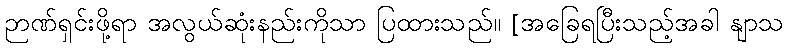
ဉာဏ်ရှင်းဖို့ရာ အလွယ်ဆုံးနည်းကိုသာ ပြထားသည်။ [အခြေရပြီးသည့်အခါ နျာသ